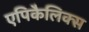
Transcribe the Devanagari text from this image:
एपिकैलिक्स